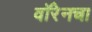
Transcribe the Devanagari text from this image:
वॉरेनचा